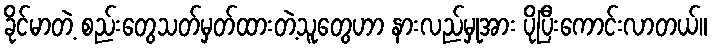
ခိုင်မာတဲ့ စည်းတွေသတ်မှတ်ထားတဲ့သူတွေဟာ နားလည်မှုအား ပိုပြီးကောင်းလာတယ်။